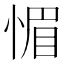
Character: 𮲉